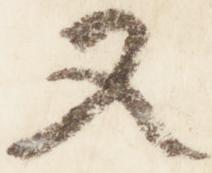
又